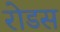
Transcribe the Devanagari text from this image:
रोडस